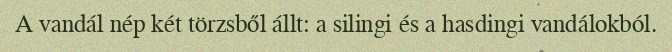
A vandál nép két törzsből állt: a silingi és a hasdingi vandálokból.